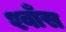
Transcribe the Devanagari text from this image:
श्वाँस